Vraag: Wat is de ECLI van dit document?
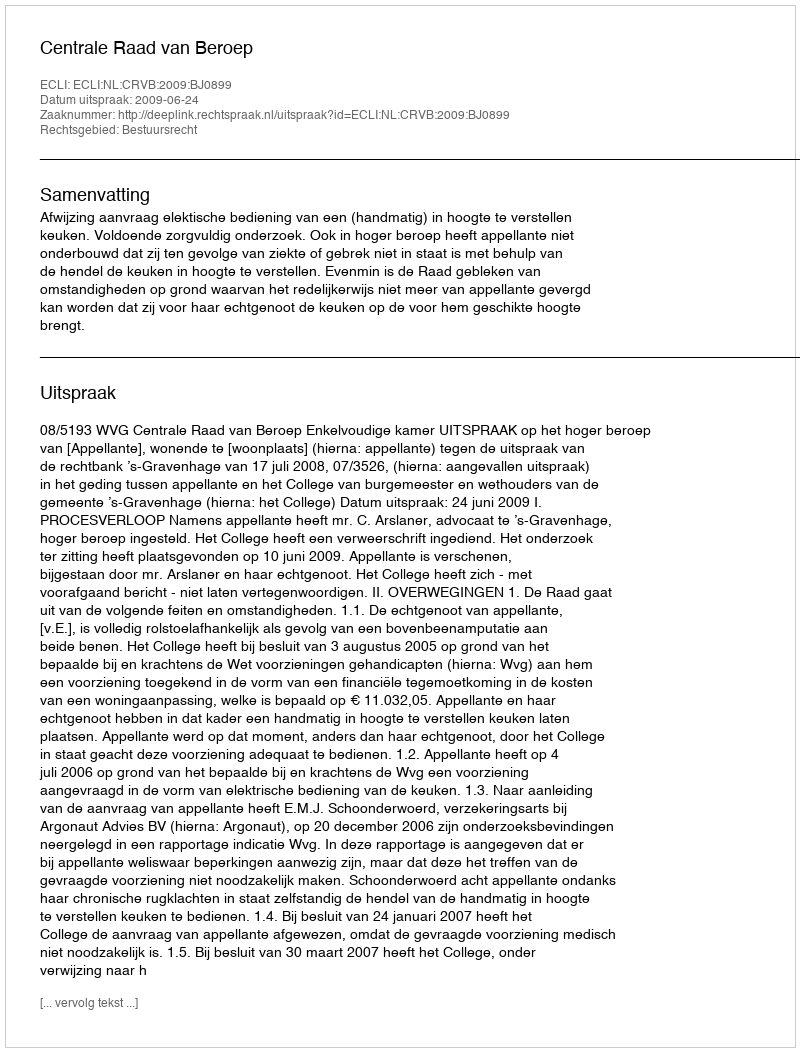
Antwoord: ECLI:NL:CRVB:2009:BJ0899